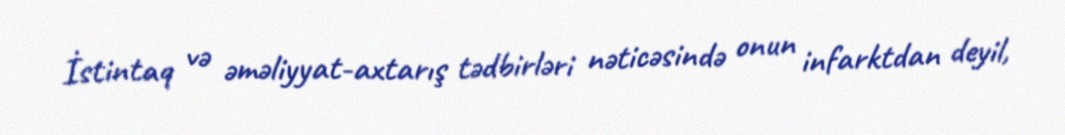
İstintaq və əməliyyat-axtarış tədbirləri nəticəsində onun infarktdan deyil,